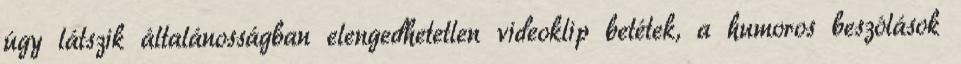
úgy látszik általánosságban elengedhetetlen videoklip betétek, a humoros beszólások